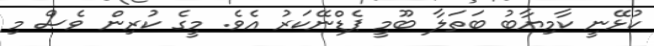
ކުޅޭނީ ކާމިޔާބު ބަތަލާ ބޫމީ ޕެޑްނޭކަރު އެވެ. މީގެ ކުރިން ވެސް މި